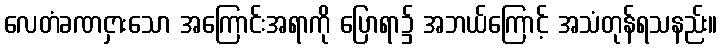
လေတံခဏငှားသော အကြောင်းအရာကို ပြောရာ၌ အဘယ်ကြောင့် အသံတုန်ရသနည်း။